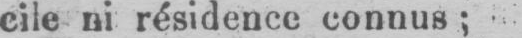
cile ni résidence connus;